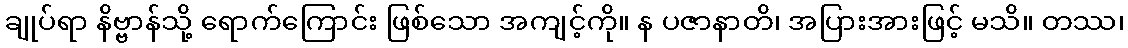
ချုပ်ရာ နိဗ္ဗာန်သို့ ရောက်ကြောင်း ဖြစ်သော အကျင့်ကို။ န ပဇာနာတိ၊ အပြားအားဖြင့် မသိ။ တဿ၊